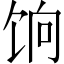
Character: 饷